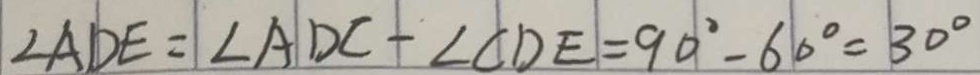
\angle A D E = \angle A D C - \angle C D E = 9 0 ^ { \circ } - 6 0 ^ { \circ } = 3 0 ^ { \circ }